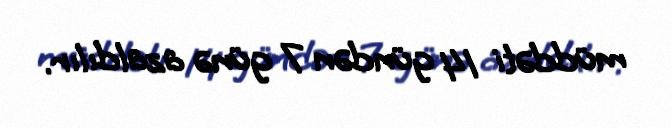
müddəti 14 gündən 7 günə azaldılır.